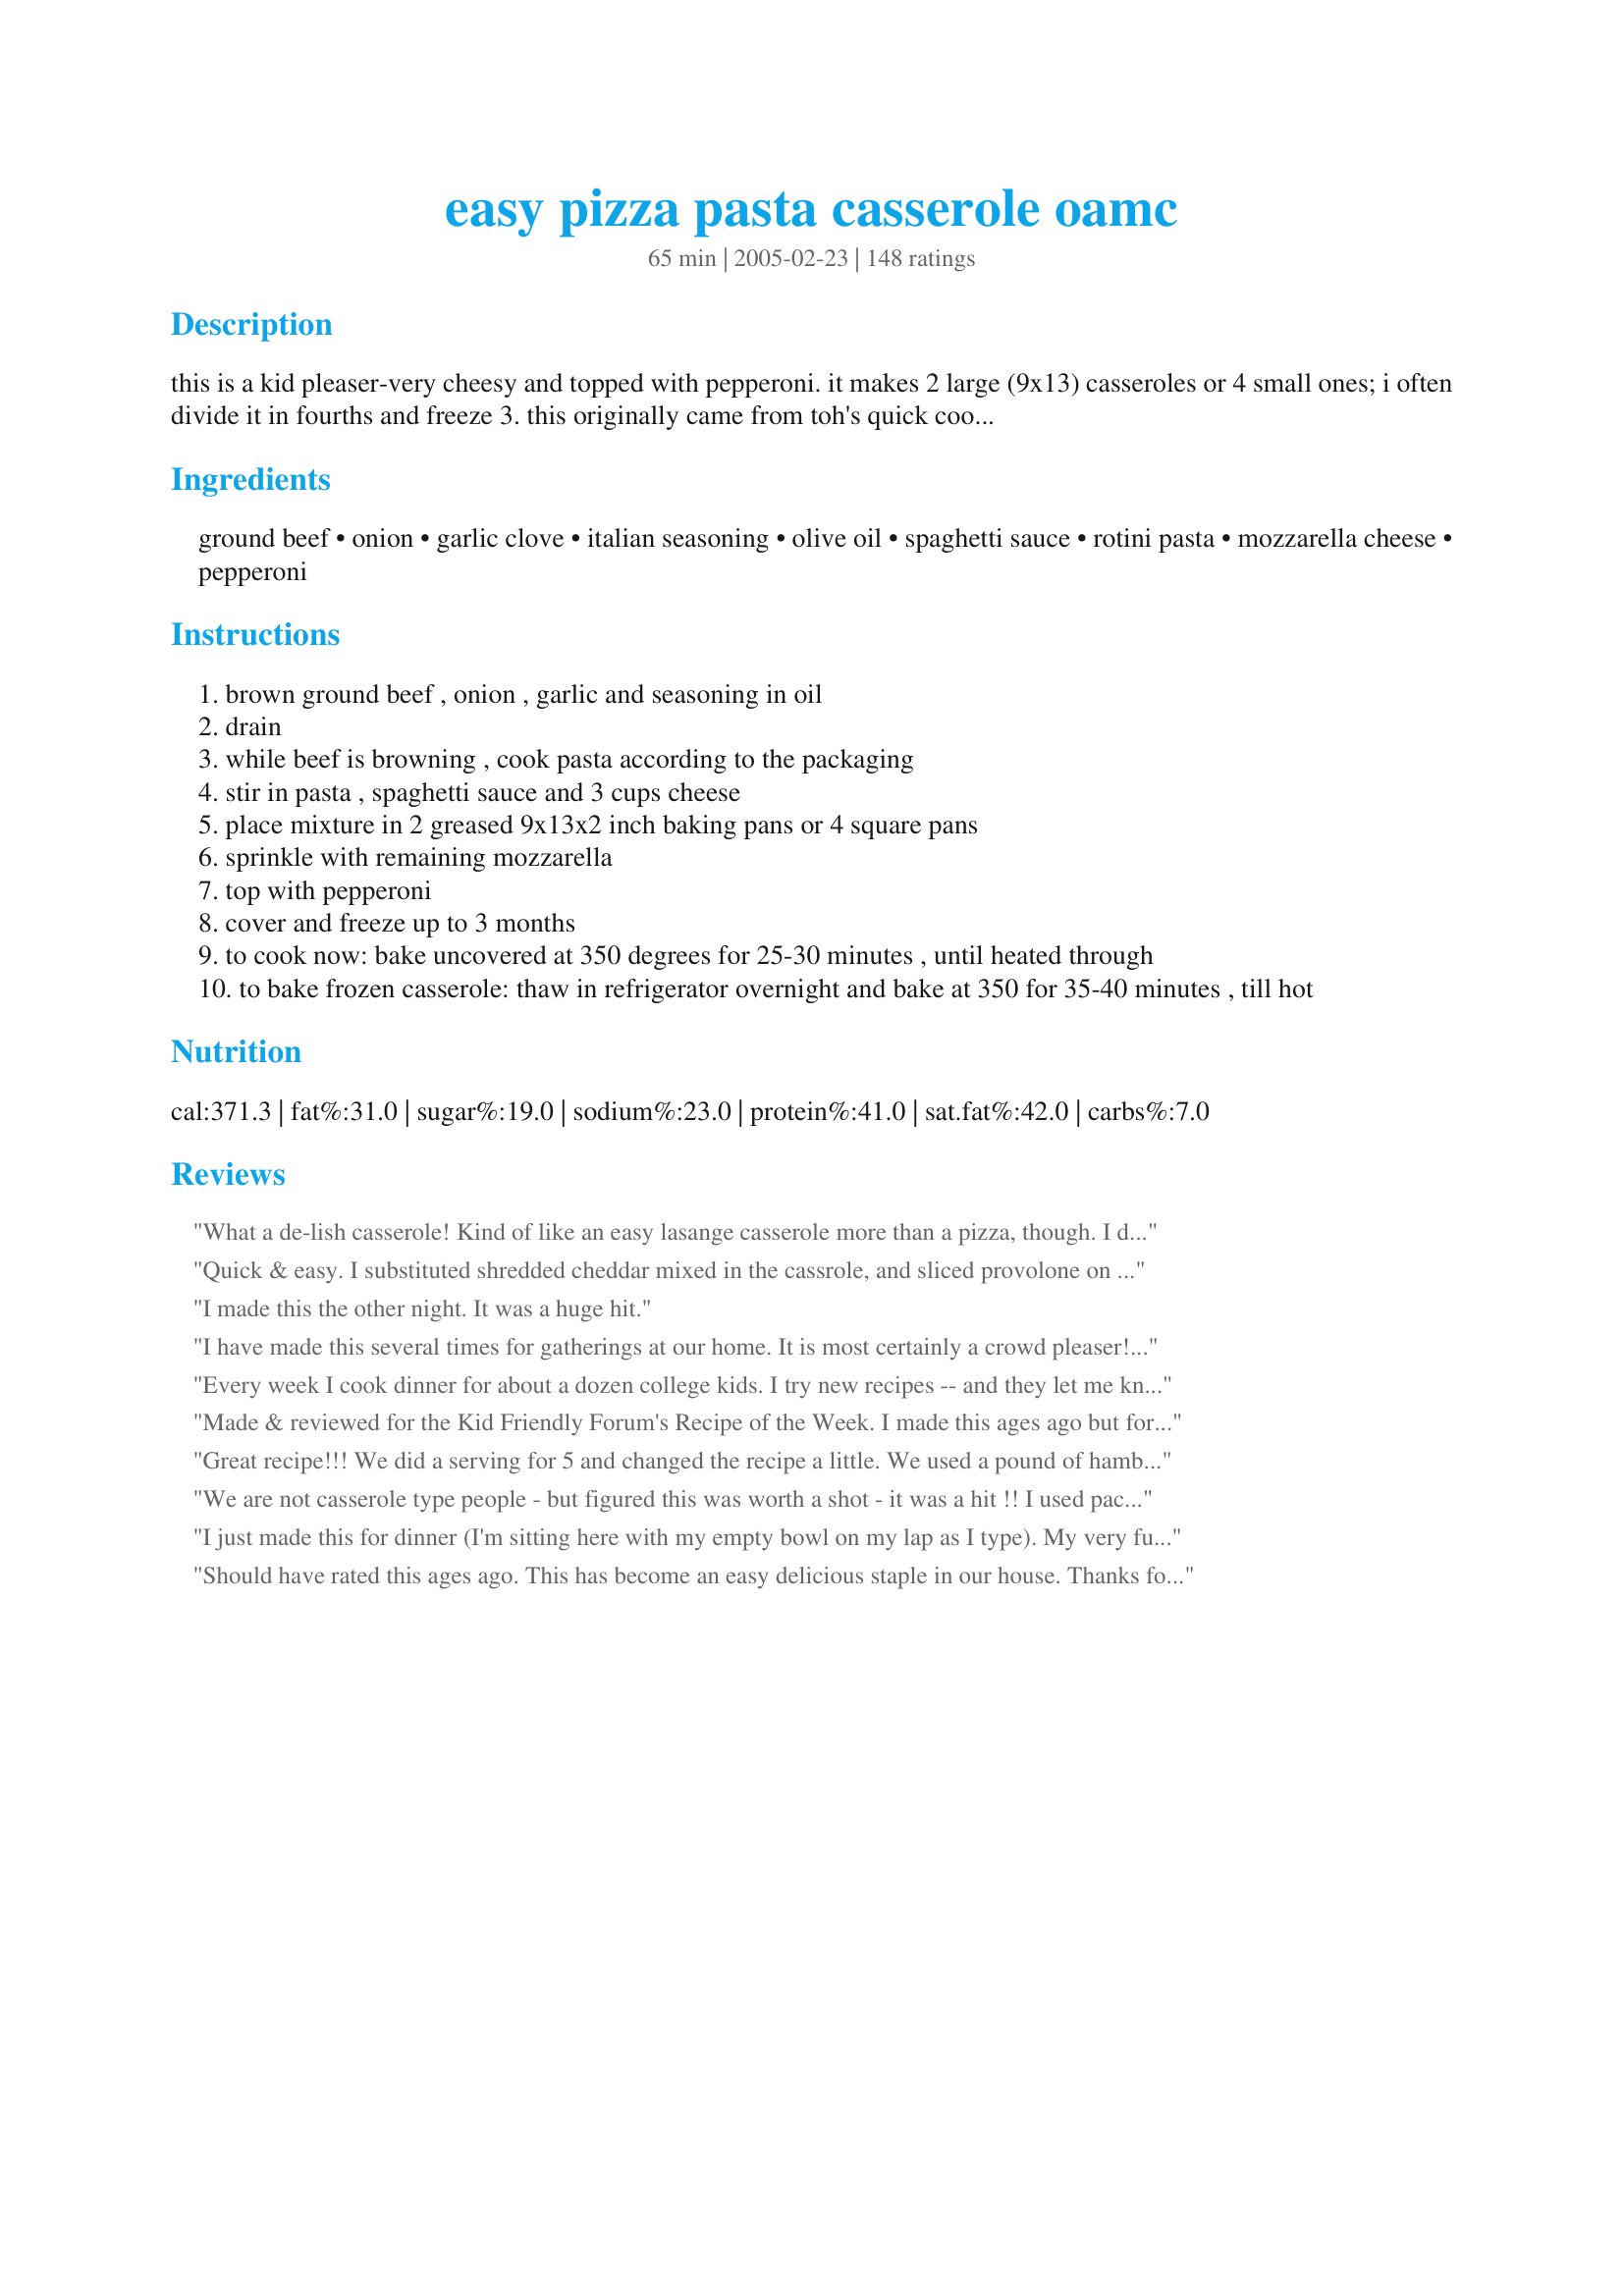
easy pizza pasta casserole oamc
Preparation time: 65 minutes

this is a kid pleaser-very cheesy and topped with pepperoni. it makes 2 large (9x13) casseroles or 4 small ones; i often divide it in fourths and freeze 3. this originally came from toh's quick cooking.

Ingredients:
ground beef, onion, garlic clove, italian seasoning, olive oil, spaghetti sauce, rotini pasta, mozzarella cheese, pepperoni

Steps:
brown ground beef , onion , garlic and seasoning in oil
drain
while beef is browning , cook pasta according to the packaging
stir in pasta , spaghetti sauce and 3 cups cheese
place mixture in 2 greased 9x13x2 inch baking pans or 4 square pans
sprinkle with remaining mozzarella
top with pepperoni
cover and freeze up to 3 months
to cook now: bake uncovered at 350 degrees for 25-30 minutes , until heated through
to bake frozen casserole: thaw in refrigerator overnight and bake at 350 for 35-40 minutes , till hot

Reviews:
What a de-lish casserole! Kind of like an easy lasange casserole more than a pizza, though. I didn't have rotini pasta and used large shells and it still worked out well. Easy to put together, yummy, cheesy and enough for two meals! My entire family enjoyed this!
Quick & easy. I substituted shredded cheddar mixed in the cassrole, and sliced provolone on top, after discovering that my mozzarella had gone bad. I only used one pound of ground beef, which was enough for our taste, and I added jalapenos to 1/3 of it. This was an easy meal that was enjoyed by two adults and a toddler. Thanks!
I made this the other night. It was a huge hit.
I have made this several times for gatherings at our home. It is most certainly a crowd pleaser! Very quick and easy to put together. I will often make pepperoni chips and serve with cheese and crackers as a complimentary appetizer. Thanks for sharing!
Every week I cook dinner for about a dozen college kids. I try new recipes -- and they let me know what they think. So far, THIS is their favorite! They've renamed it "Pizza Lasagne."

I have it on a regular rotation -- and make it in bulk! They are always so happy, and polish it off.

One change I have made is to substitute sausage in for ground beef. It's a little more spendy -- but I think it adds a lot.

--- 5 stars -- EASILY! ---
Made & reviewed for the Kid Friendly Forum's Recipe of the Week. I made this ages ago but forgot to submit my review - sorry! This was a HUGE hit with the kids & DH & I also enjoyed it a lot. I used ground beef & turkey based pepperoni, also added a bit extra garlic.......Thanks Kaarin for a great recipe :)
Great recipe!!! We did a serving for 5 and changed the recipe a little. We used a pound of hamburger, one garlic clove, no olive oil, 16 oz. of spaghetti sauce, 1 1/4 cup whole wheat elbow noodles, a pound of cheese, and left the rest the same. We also added sliced canadian bacon. We mixed the sliced pepp., can. bacon, and half the cheese in with the mix and put whole pepperoni and the rest of the cheese on the top. Next time we make it we are going to also add fresh mushrooms and black olives. Thanks again for the basic recipe, we just changed a few thing to suit our family.
We are not casserole type people - but figured this was worth a shot - it was a hit !! I used packaged "pizza chesse" instead and doubled the amount - it was awesome !! We will be using this casserole again !!
I just made this for dinner (I'm sitting here with my empty bowl on my lap as I type). My very fussy two-year old dove in, saying "Mmmm!" every second or third bite. My husband has so far eaten two big bowls of it. I added some canned sliced mushrooms and olives on top, under the cheese and pepperoni, and used turkey pepperoni cut into quarters. I also used more cheese than it calls for, as I have a huge bag of shredded mozzarella I'm trying to finish off. It was very good, very filling and tasty. I think I'd like it better with turkey Italian sausage than ground beef, but it was very good nonetheless. UPDATE: I've made this several times now, and it remains the hit that it was the first time around. I usually add a small can of sliced olives, drained, and a small can of mushrooms pieces and stems, drained, to the pasta mixture before I transfer it to a baking dish, and I still quarter the turkey pepperoni (since my son's only 3, and whole slices are a bit large for him). My husband loves the leftovers the next day, too. Thanks so much for a great recipe!
Should have rated this ages ago. This has become an easy delicious staple in our house. Thanks for posting.
So good..my kids liked this! I've made this with sea shell pasta which made it more fun for my toddlers. Thanks!
Fabulously quick, easy, delicious, eat-some-and-stack-heaps-away-in-the-freezer recipe, which I’m always on the lookout for to cook for my parents! I don’t need to make kid-pleaser recipes, but I do need difficult-to-please-octogenarian-male-pleaser recipes. I doubled the recipe, then proportionally increased the onions and garlic – 3 onions, 6 cloves of garlic – and I also added one huge chopped red pepper and some fresh chopped basil, because I had them from my guesstimates of ingredients needed for several recipes I was making. I omitted the pepperoni and used angel hair pasta, my current favourite pasta! Thanks Kaarin for a great recipe which I’ll certainly be making again, and it passed the grumpikins-octogenarian test! No complaints whatsoever on this occasion of herbs giving him indigestion!
I made this on a Thursday to take to a friend. I put it in 2 9X13 pans, taking one to them and keeping one for our own dinner. Something came up that night, so I just left it in the refrigerator and didn't end up cooking it until Saturday. It was delicious. They only thing that may have been wrong with it was that it was a bit on the dry side, but that was probably from sitting for a few days before being cooked. My picky son loved it, and my husband devoured it. I would say it was a winner in our house!
This was a huge hit with the family. I had to half the recipe and it still made more than enough for 3 hungry eaters. I added some mild italian sausage, green peppers and onions as additional toppings just like a pizza. I added some leftover pizza sauce to the sauce and my top cheese was provolone which melted wonderfully. We all agreed it was the toppings that made the dish taste like a pizza. Make sure to cook the pasta al dente. Will make this again soon and it will be my next carry in dish at work.
This is easy enough. I made the double batch and froze one so that We could have a hassle free dinner next month sometime. Thanks for sharing! Kids rated this one 3 stars, and so did I.
Excellent recipe! I made some alterations to make it vegan (split the recipe in half, used a full bag of Morningstar meal starter crumbles, and used one bag of mozzarella veggie shreds). My husband ate 4 servings in one sitting and asked when we could have it again. Thank goodness I froze 5 servings! This recipe is a keeper and I will be making it often. Thank you!
This is a great freezer recipe that even passed the husband test! Thanks!
My family loved this, and it's super simple to put together. Made a half recipe early in the day and was concerned that the pasta would absorb all of the sauce, so tossed the pasta with a little olive oil before putting together, then baked right before dinner. Used turkey pepperoni. Will definitely make a spare for the freezer next time. Thanks for sharing the recipe!
I make this as well, &quot;Cavatini&quot;. I also add Jimmy Dean&#039;s Sage Sausage when browning the hamburger with onion &amp; garlic powder. I make my initial pan pretty hardy so my 2nd pan is more or less an 8x8 and single layer. I find even though I use a jar sauce, I add extra italian seasonings to it and sometimes some wine...the longer it simmers the better the taste. It&#039;s a great meal for family get togethers and everyone&#039;s plate is always clean :)
Very good my boyfriend and I love it. Its easy to make and I love how it makes two pans so we have enough to take to work for a few days.
Oh yum, I made two square pans and one 9x13, froze two and we ate the other. I made it with Dreamfeild pasta to get it a tiny bit healhier. Raves around our house!
This is so easy and a great weeknight meal that everyone loved. I used ground turkey, because that is what I had on hand and no one noticed. I also layered mine. Layer of noodles, layer of sauce with meat, layer of cheese and then pepperoni.
This is an extremely easy dish to make. The pepperoni on top was crispy and delicious. My only issue with this dish, and it's a slight one at that, is that the pasta underneath could use a little more pizazz for my taste. Maybe quartering up the pepperoni slices and throwing them into the pasta mixture maybe? Something that would give it a zing! There was plenty left over and my husband was able to have left overs for both a lunch a work and a snack at home over the next two days.
I remember this one!
I have made it a few times... HUGE hit with my boys!
Great for serving a group of hungry guys! Next time I will add more of our favorite pizza toppings. I actually packed the two pans worth of food into one 9x13 pan just to make transport easier. It was pretty dense but worked well. Thanks for posting this one Kaarin!
A hit with everyone! Great simple & flavorful recipe. Thanks!
It's good. Simple as that. I had to modify it some as I cannot have pepperoni. I mixed ground beef and breakfast sausage for the 2 lbs of meat. We also mixed cheeses - I added parmesan and colby/jack mixed. Will be making this again since its actually simpler than "pizza". A nice quick homemade meal that everyone enjoyed.
My entire family enjoyed this meal; even my picky eater. I also loved the fact that it made a lot so was able to freeze some for future meals. Thanks for sharing.
Made this a few months back. I cut the recipe down to a fourth (5 servings.) It came out pretty well but next time I think I will use more sauce as there was an abundance of pasta.
This dish was definitely a toddler pleaser! I made a big batch and then gave some to a friend (with some other OAMC freezer meals) and even her hubby who is ultra-picky is asking that I make him more! To top it off, I added mushrooms and bell pepper to sneak some veggies in! Making more tonight!
Good for a potluck or if you need to take a meal to a friend. I added fennel seeds and swapped the ground beef for about 3/4 pound italian pizza sausage, and used turkey pepperoni. Followed the rest as written. Very good, thanks.
My sister made me this casserole after my surgery. Loved how I pulled it out of the freezer, let it thaw and in the oven it went. Everyone loved it. I think when I make it next time I might substitute some of the spaghetti sauce w/pizza sauce to get more of a pizza taste. I will definately be adding more pepperoni and everyone was taking those! I love that it is so versatile that you can add any toppings you want. Great recipe!
Nice and easy.
I added extra garlic.
Made this for a friend that had an operation and they loved it. I threw the extra pan it my freezer and it came out great. Thanks.
This is delicious. I didn't think it was going to come out to sharp, but my hubby loved it as well!!!! I added mushrooms, and I put the sauce and spices into the pan and fried it with it before mixing it with the noodles. I also halfed the recipe. Will make again, THANX!
Before every meet, my son&#039;s high school cross country team has a pasta dinner. This is BY FAR the most requested item there. Super easy to make, travels well, and kids love it. thanks for the recipe!
Very good. I have made this a couple of times and will make again. Thanks for the recipe.
Yummy! This reminds me of a pizza casserole that my mom used to make. It's really nice that this doesn't take very long to prepare and it makes an extra to stash in the freezer for later.
This recipe was awesome! My husband loved the concept immediately. I cut it in half and used Italian turkey sausage instead of ground beef. I also added half of a large bell pepper. It turned out great! I was worried it was not going to be enough sauce but it was not dry at all. I loved the flavors. It was such a different twist on a baked pasta. I think next time I'm going to try a Hawaiian Pizza Pasta....the husband suggested it! Thanks for the wonderful recipe :)
This is a great recipe...nothing spectacular, therefore the 4 stars..but like the intro suggested, great for kids!
Made one for dinner and wanted to freeze the other three. Never made it.Awesome recipe thanks.
Very very delicious. Loved by all. Thanks!
This was a big hit here and I love that there is another casserole waiting in the freezer. I used 1 lb ground beef, 1 lb Italian pork sausage, reduced the pepperoni to 7 oz (two of which I diced and mixed into the casserole), added about 5 oz sliced baby bella mushrooms which were sauteed with the onion, and reduced the mozzarella to 4 cups - spreading two cups on top of each casserole and not mixing any in.
We've eaten something very similar to this in my family since time began...it's good stuff! We always use the large elbow macaroni but, of course, any pasta will do. I'm glad to see the wonderfulness that is Pizza Casserole on here! :)
very good but tasted a lot like lasagna although the pepperonis were a nice touch
Very good. Definitely a kid pleaser, even my pasta loathing 5 year old liked it. I halved the recipe and baked in 2 8 inch square pans. We ate one and froze the other, for a busy day. Thanks!
My hubby says "This ROCKS!"
Yummy! Need I say more!
 I like that it makes lots...I really enjoy having a chance to freeze extra meals that are enjoyable for everyone in the house. I am a Mom with 2 growing hockey boys AKA Crazy schedules and Hungry young Men! 
 I made 2 tradition pepperoni(lean). 2 Deluxe with Green Peppers, Mushrooms, tomatoes, lean Pepperoni and diced ham.
Thanks for posting!!
Made this for dinner tonight and it was definitely a kid-pleaser for us. I made half the recipe to get one 9x13 pan. The major change I did when making this was to substitute one pound of pork sausage (drained really well to avoid greasiness) for the ground beef because we thought that would make it more pizza-like for our family (although not as healthy as far as sodium content, it did taste pretty good!). I also omitted the Italian seasoning since the sauce I used was pretty well seasoned already. I followed previous reviewers' suggestions and added some parmesan cheese. In the future I will probably add more mozzarella cheese both to the sauce and on top to make it cheesier and more to our family's taste. Cooking approximately 25 minutes was fine. It was an easy and quick dinner and I can definitely see how it would work well for OAMC. Thanks for posting!!!!
My family liked this one...I added extra sauce and a little less onion...will be making this again. Thanks for the recipe!
Took this to a potluck and more than half of it was gone! I made it just as said, but used onion flakes and garlic powder as that is all I had on hand. I also used mozz. shredded cheese plus shredded parmesan cheese. Very good. Thank you!!!
I was skeptical at first, but this recipe is awesome! Everyone loved it--and that's hard when it comes to my family of 6 picky eaters. Thanks for sharing!
I had made this a few months back and had a piece left over so I put it in the freezer. I was hungry at lunch today so I pulled it out and put it in the microwave. It was wonderful even after freezing it and reheating it. It was just as good as the day I made it. I am so impressed! THANKS AGAIN!
Very good! This was my first time trying OAMC, and this recipe froze, thawed and baked beautifully! The taste was delicious too. It really did taste like pizza! The only change I made was to add a little fresh Parmisan Cheese to the top layer of mozz. Thank you for this great OAMC recipe. I will use it again!
Awesome stuff! I cut it in half and made it healthier by using turkey sausage instead of ground beef, lowfat cheese and smart taste rotini! Dh loved it as did I! Thanks for sharing.
This is a Keeper!! My family loved it, even my very picky 6-year old. I made it for my cooking group and they all loved it, too. I didn't have any italian seasoning on hand so I made it without...didn't even miss it. I also used dried minced garlic. Thanks for a great recipe!!!
I thought I had reviewed this, but I guess not. Better late than never. I made half a recipe and it was gone in a flash. I recommended it to my daughter for a bunch of her friends. Everyone so far has loved it. I used the new mini pepperonis and they were perfect. It is an awesome recipe that comes together in no time. This is one of those "why didn't I think of that?" recipes. Thanks!
I have made this recipe a few times now....It is really good, kids loved it too! Who doesn't like PIZZA? lol..Didn't change a thing. Made some today and got 6 foil containers ( will feed 2 or 3). Like having dishes ready to throw in the oven..
My Kids loved this. I will make again!
My family adores this!! I do make this with homemade sauce and add a lot more seasonings! we love the addition of the peperoni!!
Yummm! Made this today and split into 4 casserole dishes. The only thing I altered was to use ground turkey in place of the beef and then grated 2 large carrots and chopped up 8oz of mushrooms to toss in. Came out delicious and even my super picky 2 year old ate it! (and little does he knows that he also got some veggies in too lol) Thanks for the great recipe! Will def make again!
This was a really nice dish. I used more garlic and italian seasoning and it turned out great. My kids loved that it had pepperoni and I loved how easy it was. I will definately double and freeze some next time I make this. Thanks for a great recipe!!
I liked it the first time, it was all right from the freezer, just had to spice it up a little.
I just thought that it was okay, nothing special. Kind of like a glorified hamburger helper. :-(
Made the full recipe in a large aluminum lasagna pan for a pot-luck, everyone loved it with very little left-over!! Used whole wheat pasta and mild Italian sausage instead of the hamburger as someone else had suggested. Also added mini-pepperonis to the noodles and mixed in and then used the turkey pepperonis over the top. Definitely a keeper and will make again for more gatherings!!
This was a very delicious and super easy recipe! My entire family loved it! I have five kids and it is sometimes hard to find something they all like. My sons went back for thirds, leaving no leftovers. I only made one batch and was very disappointed I didn't make two. It is that good. I did not use the oil to cook the beef and onion and garlic. I never do that and not sure why you would. We always have these ingredients on hand, so this is something I can go to for a last minute dish. Thanks so much!
This was really really good, I cut the recipe in half, got one 13x9 pan, (no room in the freezer) the only thing I did different was make my own sauce. Hubby loved it! Thanks :)
DH LOVED this, which is surprising! It was even great to put leftovers in his and my son's lunches. His only "complaint," is that it did not seem that healthy. I think next time I'm going to try wheat pasta, ground turkey, and his favorite pizza toppings (olives, mushrooms and tons of garlic). Great meal! I cut the recipe in half and just made enough for one dinner. When I get a bigger freezer I will be putting this on the list of OAMC. Thanks so much Kaarin!! Will be making again for sure!
NOM! This was really good. I used homemade sauce, and added mushrooms and peppers and was going to add ham, but I forgot. Thank you so much for posting this, it is definitely making it into my OAMC rotation!
It was ok, I think it might be the spaghetti sauce that throws it off tasted like a ziti dish with pepperoni and wrong noodles. Maybe if the sauce was a pizza sauce instead of a spaghetti sauce. It wasn&#039;t horrible, it just doesn&#039;t make it to our meal planner cookbook.
Tasted very good. I also add bell peppers. To make it more freezer friendly I put everything except for the pepperoni and mozzarella cheese in one frezzer bag and the cheese and pepporni in another. I then put both bags inside a large freezer bag. This way it fit in my freezer better.
Yummy waaaay better than hamburger helper but just as easy. Our 2 year old loved it, too, and he is going though a picky phase. It was nice that it made 2 pans - we had one for supper and I'm bringing one to a church potluck tomorrow. I went basically with the recipe (but I added a bit more pizza seasoning and 2 more garlic cloves) because I wanted to keep it basic for the potluck, but I look forward to trying it again for home. I'll triple the pizza seasoning, put in 5 or 6 cloves of garlic, add some spinach, and use sausage instead of hamburger (or half and half)...maybe some mushrooms and black olives. Just like pizza, there are endless options. Thank you for the recipe! I need some simple standards (my husband is the main cook around here).
Yummy! A nice variation on a lasagna style meal. It's a keeper! Thank you!!
This is a great recipe! for a healthier version I made is with canadian bacon (diced). It was so delicious and flavorful that is didn&#039;t miss pizza for a night. The helping size was big enough that 1 pan left enough for about 3 meals for 2 people. I am waiting to pull the second one out of the freezer.&lt;br/&gt;This recipe is great for families because there is something for everyone to please. Recommended to my sister for her 2 kids.
This was delicious. it had so much flavor my DH loved it.I didn't have all the Mozzarela cheese so I used some cheddar and it was awesome. Its a keeper, Thank You sooo much!!!
I made this over the weekend for my boyfriend (he's a kid at heart) and he/we loved it. I froze small containers of it, so all I would have to do is take one out and pop it in the microwave for lunch or dinner. This makes alot. My b-friend took part of a casserole home with him and I still have enough left for about 8 meals. I am going to make this again for my grandkids. Thanks for a great and easy recipe!
Fantastic. I added peperoni (personal love) and that was it. The thing disappeared faster than rain drops in Tucson...

Excellent and easy! Thanks for posting it.
I made this for Christmas. Wanted to have a dish for the kids around. The entire family and friends loved this dish. Will continue to make this one.
We LOVED this!! I also added diced green peppers to the ground beef and added additional pepperoni to the mixture as well before topping it and it was one of our all time favorites!!! Thank you very much...I will be passing the recipe around and will be making again and again!
Made this for the first time today. It&#039;s a nice, hardy, hot meal for a chilly fall evening. I used 1lb. ground beef, 1lb. sweet Italian sausage and I cut up pepperoni and put it in the mixture as well. For the sauce, I used a 24 oz. jar of Barilla Traditional and one 24 oz. jar of Barilla Roasted Garlic. I baked one pan for dinner, let the other cool and sealed well with foil to freeze for another time. Love that this recipe comes with baking instructions after thawing.
Made this today for the first time. My son was eating out of the pot before I put it in the pan and added the mozerrella and pepperoni. Thanks for the recipe.
We tried this last week and thought it was okay but nothing special. I ended up leaving off the pepperoni for the extra we froze and I'll make it more like a regular baked pasta.
This recipe was great! It was super easy and made enough to take for lunch, freeze, and to give to an elderly relative. My husband gave it a 3 b/c he thought it was missing something. I omitted the pepperoni so maybe that is it. Thanks for the great dinner idea!
This is a keeper! Great for when I don't have alot of time to fix a supper. Even hubby liked it and told me to keep the recipe! lol I followed the recipe exactly.
Thought this was very easy to make and was a big hit with my two picky little ones--a big plus when meal planning. Tastes just as it is named--like pizza and pasta, rolled into one. Followed directions exactly using ground beef--a no fail type recipe.
5 stars for such a big, easy meal with great flavor! I forgot to add the italian seasoning and it was still great. I made half for us and gave the other half to friends of ours with a big family. This would be a great potluck dish. Thanks!
I made this for supper when the in-laws were coming over and it was a hit! My 3 and 5 year old loved it, and the best thing about it is that I have 2 more pans of it in the freezer for another dinner! Perfect to have on hand for a day when there's just no time to make a home-made supper! Thanks for sharing!
The recipe was awesome, but I felt that the serving size was grossly overstated. I was only able to fill one 9x13 pan and it was gone in one sitting, only feeding four adults and a toddler. I would double or triple this recipe to have anything to put in the freezer.
Love this recipe. But I have changed a few things I do not use olive oil.I cut up some extra pepperoni into 4ths and add to hamburger, onion and sauce and cheese mixture. I also use 6 cups of cheese instead of 5 cups so i put the extra cup on top. My husband is pretty picky dont like alot of the extras but my son and I do so after i put the pepperoni on top, on half of the casserole I put green peppers, banana peppers, mushrooms and black olives. Oh so yummy. First time I made this recipe made just as stated and it was still very delicious.
Yum! I've got a 6 and 4 year old who are really picky eaters (DH is as well!), and EVERYONE loved this! I have made it twice already and each time it has disappeared before I could freeze any! DH said the leftovers are almost better the next day. I followed the recipe exactly and this is now one of our favorites. Thanks Kaarin! The rotini noodles really hold the sauce well. My kids love adding the pepperonis :).
This was easy and tasty - a great way to use up some ground beef and tomato sauce I had. I divided it into (4) 8x8 casseroles - two for a sick friend, one for us for dinner, and one in the freezer for future. Thanks for sharing!
This was a super easy dish. I recently started a meal exchange with a group of friends (so I had to make 6) and this was my first choice. It was so simple, I felt I was cheating! Thanks. Can't wait to hear the reviews from friends!
I was looking for an easy alternative to Pasta/Chicken Casserole and Pasta/Tuna Casserole ~ both of which are always sure-fire hits with the husband and the grandsons. <br/>I made it *mostly* as originally posted except I used ground venison in place of ground beef (we eat very little beef), used twice as much cheese (family preference) and made home made pizza sauce. <br/>It's a hit!<br/>Gotta feeling that leftovers will be even better - I served this within 30 min of coming out of the oven - and like most casseroles, letting the flavors 'marry' for 24 hrs may just make this a 5* recipe in our house!<br/>With a strapping husband and 7 GrandSons - this Granny approves! <br/>Thanks for sharing the recipe - <br/><br/>Follow-up: After 24-36 hrs in the fridge, this dish is even better. I expected as much. <br/>I highly suggest making this a day ahead!
I&#039;ve been making this casserole since I came across the recipe a few months ago. It&#039;s absolutely wonderful, and it freezes beautifully. I make my own Tomato Cream Pasta Sauce to use with it. You can make it as is or play with it to your hearts content. Thank you for a wonderful recipe.
WOW! I did a search for something easy and quick that serves a lot of people and found this. I split the recipe and did one 9x13 of exactly what the recipe said and the other 9x13 vegetarian-friendly. I used Boca crumbles instead of ground beef and then I topped with black olives (my favorite pizza topping). I served these at a Girls' Night and was sad we did not have a lot of leftovers. Thanks, Kaarin for an amazingly easy, yummy recipe that feeds a lot of hungry people! I will definitely make this again!
DELICIOUS! I cut the recipe in half because there is just two of us. There is still plenty left over, although not for long! Thanks for sharing, it was so simple to make and so yummy!
Thanks for a great recipe Kaarin! I made only half a recipe... one 9x13 pan...just enough for dinner. There were no leftovers as my teens gobbled it down!
The whole family loved this!! I used ground turkey in place of the beef and also used a little cheddar in the cheese mix. The pepperoni really makes this dish! I served this with garlic bread and a tossed salad. This makes alot and generously feeds a family of six!!!
*I use recipes as a springboard for my own creativity*&lt;br/&gt;This one ROCKED! I used Italian sausage in place of the ground beef, wheat rotini, pizza seasoning, added fresh shredded spinach (how else would I get my kids to eat it), and canned mushrooms. OhMyGoodness! Had to force my family from the table as opposed to them running off. Can&#039;t wait to eat the one in the freezer. Thanks for sharing!
This was a hit with my Hubby and Daughter!!
This recipe is quick, easy, and tastes awesome!! I like to make it with 2% mozzarella and turkey pepperoni to help lower calories and fat and it still tastes great!! All around awesome recipe, thanks!!
This was really good! Husband loved the meal thanks so much!
Everybody liked this one & in a family of 5 this doesn't happen often! I loved the fact that it was so easy & I have an extra one in the freezer for later. Definately adding this one to my rotation. Thanks...
Is this recipe a culinary innovation? No, but it is a five star recipe because it is easy, tastes good, versatile, and appeals to a wide variety of people. <br/>We loved it, my whole family ate it ( even the picky young ones), and I even have one to freeze. This is the kind of recipe that is wonderful to have on hand. I added green pepper and sauteed onion, and as I always doctor my canned sauce anyway, a tbsp of sugar and some pizza seasoning. Wonderful, warm, filling. Thanks!
So fast and easy. I started making this before checking my pantry so I had to use spaghetti because I was out of rotini. Came out really well. I used Morningstar Farms Crumbles in place of the ground beef. At the last minute, I through in a large jar of sliced mushrooms. Very tasty recipe. Will definitely make again, next time with rotini!
My family loves this recipe, I usually make the full recipie but put it into 4 - 11x7 pans and cook one and freeze the others and find that each pan feeds my family of 4 very well.
This is a very easy casserole to put together. It tastes alot like a ziti casserole with the added bonus of pepperoni....yummy. It does make a big batch but I froze one pan and plan on using in on those nights when the kids have sports and we are on the go. I used a chunky sauce with veggies.....delicious. Thank you for posting.
YUM! I used Barilla Plus rotini, turkey pepperoni, slightly less cheese and no add oil. This was great! I halved the recipe and only baked half of that thinking it would be at least enough for 3 meals, but it was so good my husband and I finished the whole thing (1/4 of the original recipe). I used a pizza grinder spice mix with some added oregano. Next time I'll make the full recipe so I'll have some left over!
It was a little under-seasoned for our taste, even though I used spicy pepper sauce. I think next time I'll use a pound of ground beef and a pound of Italian sausage.

A tip for those of us who don't always cook for an army: I didn't have room in my large pot to add the pasta, so I poured half of it in each baking pan, then poured the meat/sauce on top and stirred it up in the baking pans.
YUM! I've had this recipe in my "cookbook" for long time and can't believe I waited so long to make it! My husband wasn't too sure about it by the looks, but he sure devoured it! We both talked about alternatives in the future including more pepperoni (which he usually doesn't like that much but said it was so nice and crunchy), turkey instead of beef, adding veggies, so many possibilities! I ended up making 3 pans so I can freeze or give to friends - though, my husband asked that I keep it for us!! Thank you so much for the great recipe!!
I made this for dinner today and it was delicious. I used my homemade sauce and used fresh oregano and fresh basil, and I have enough left over for another meal Thanks for the recipe it is a keeper.
This was great and so easy. It definitely is a kid pleaser. I added a little green pepper for a little extra hidden veggies and they didn't even know. Will definitely make this one again. Thanks for a great easy recipe.
Simple, easy and plentiful. I made some for me and some for the neighbors. Used regular pepperoni on the top and mini pepperoni on the inside. But the top was much tastier than the inside, so next time I'll pass on the mini pepperoni.
This casserole was a real kid pleaser (adults as well)! I cut the recipe in half and it was the perfect amount for the five of us. The only change I made was to add in a four ounce can of sliced mushrooms. I'm planning to prepare this again using the entire amounts called for and freeze half of it for later. I served this with a salad and breadsticks for a very nice meal. Thanks bunches for sharing the recipe!
This is a fantstic casserole, a real kid pleaser.
I made it exactly as written and it was a big hit with the adults as well as the kids. I served it at my Canada Day Buffet and there was not a scrap left!
Thanks for a winner!
I make this for my family often. We add green peppers and mushrooms; I would encourage adding any kind of pizza topping that you enjoy. It's always a winner. Easy and delicious.
I have the same TOH cookbook that this recipe is in, but never made it. I did make this for OAMC, and was very pleased with the end result. Got the thumbs up from both DS and DH. Thanks for posting!
Easy, cheap, and makes A LOT of food! DH made enough for three dinners. I didn't partake because I am vegetarian, but judging by the amount of food consumed, I can say with confidence that this recipe is a winner!
It was ok. I was craving something different and got it. I think I was just too over whelmed by how much meat was in it. I would be tempted to make it again but with less beef and peperoni and add more veggies.
Made this for our Sunday night family get together. Everyone loved it from the 4 year old to the 85 year old. I told them I was embarrased to admit how easy it was to make--my grandson said "It tastes like it took you a long time"! 

I made it exactly like the recipe. Don't know how it could have been any better. It isn't as tomato-y as some Italian dishes, and I consider that to be a plus.
This is amazing! Love how easy it was to make and it made so much, we're set for months of delicious dinners with it portioned up and frozen!
This recipe is amazing. The taste is delicious, it's filling and because it freezes so well while retaining the quailty, it is my #1 OAMC meal. My extremely picky 2 year old and hubby devoured it. I used whole grain, veggie rotini to health it up a bit, and unlike other recipes you couldn't even tell. Made in fourths, it's so easy to stick in the oven after work when I don't feel like cooking. I serve with garlic breadsticks- yum yum. THANKS A MILLION!
The beauty of this recipe is that you can use the sauces and spices your family prefers! We all enjoyed it greatly.
yummy and easy
Wow! This was so good. Only problem I had was that when I halved the recipe, it didn't seem like enough cheese for some reason. Perhaps because we really like cheese. Next time, I will add some more. Only change I made besides that was to use 3 cloves of garlic, threw in some mushrooms,and I used my homemade sauce. Sooooo good and easy. Thanks for sharing!
This was easy to make and very good. Be sure to cook the noodles al dente or they will be mushy when reheated. Thank you for sharing!
This was quick and easy to make. I gave two to a family member, kept one, and froze one. We baked one dish tonight, and it was pretty good. I would probably add some chopped pepperoni to the mixture next time, as the "pizza" flavor wasn't too prominent. Although it definately isn't a fancy dish, it will be nice to have in the freezer for a quick meal, so I will probably make it again, adjusting the recipe to suit our tastes. Thanks for posting!
This came out super-delicious with a sub of mild Italian sausage for the ground beef, a good-quality sauce (when in doubt just dump in a bunch of pizza seasoning (basically common Italian seasoning components minus Rosemary)), and extra garlic/some parmesan. Broil for a minute or two to really brown the cheese topping and definitely add any random veggies/things you might normally want on a pizza! A whole bag of frozen spinach sauteed with the onion/garlic/sausage worked well for us. And yes, this is basically just a baked ziti but of course anything with the word &quot;pizza&quot; in it sounds better :).
Everyone liked it, even my husband who is not a pasta fan. Not fancy, but good eats.
I loved this! I can't believe that I didn't review it before. It was so easy to make. My son loved this. He is a picky eater so I made sure to add this to my tried and true recipes. Even the frozen one turned out wonderful. My first frozen casserole and I felt like a pro! Followed the recipe to a T and will be making this one again and again.
My family really didn&#039;t care for this dish and said that it isn&#039;t a repeat. I have an entire pan left over that I will pass on to another family. May be that I added some sausage and bell pepper??? Or maybe the Italian season I used??? Or maybe the brand of spaghetti sauce??? Who knows? Thank you for the recipe though!
Verry yummy! Will make again for 30 people. 
Thnkz again
This is now a family favorite!! They loved it the first time I made it, and I am making it again soon. My family eats alot of wild game, so I substituted ground venison meat for the ground beef. It was delicious!
I thought this was delicious. My kids ate it and said it was good but they weren't in love with it!
Finally a cassarole my kids will eat! Easy and everyone enjoyed. Thanks!
love this recipe. my boyfriend is crazy picky (hates veggies, lactose intolerant, super healthy) but I made this with turkey sausage, whole wheat noodles, and soy cheese and it worked out great! This turned out to be delicious and satisfying, while lending itself to modification to meet different dietary needs.
Everyone loved it! Love the OAMC, it makes crazy nights so easy!!
Very good kid pleaser, my picky son ate all of his and asked for seconds! I really substituted a lot, though, like ground turkey and turkey pepperoni, and a mix of cheddar and mozzarella. I cut a good amount of pepperoni up and mixed it into the casserole. Next time I plan on making half kid/half adult and adding black olives, banana peppers and mushrooms to the adults side.
Very good! Kids and adults liked it. I love meals that everyone enjoys. I hate being a short order cook.
I made this for dinner last night and it was so good!Thanks for posting it.It's a keeper!
This was alright but not my family's favorite. I used turkey pepperoni in an effort to be a little healthier but no one seemed to really like it except my 18 month old daughter. I have an extra pan of this in the freezer, probably won't eat it until there is absolutely nothing else left in the fridge. It was at pretty easy recipe jus
I made this for my Father-in-Law's Birthday Party and it was a hit. Rather than ground beef I used sweet Italian sausage. When I mixed everything together I threw in a six oz package of tiny pepperoni bites and used garlic and onion spaghetti sauce. Everyone was excited about the meal and raved about it for the rest of the party. We are looking forward to eating the part we froze to see how it turns out.
This is a great recipe. Entire family loved it. Had leftovers and everyone ate again (that never happens) and son even ate extra helpings for "snacks". They did ask me to put more pepperoni in with the mixture as well as on top next time. That's the only change I will make. Thanks for a great casserole recipe!
I made this tonight for dinner. It was good but I think that I will add so stuff next time. I really did like the pepperoni and it did smile like pizza when it was cooking. Next time I think I will use Jimmy Dean sausage, green peppers and mushrooms. I also halfed this reciepe. I will be making this one again.
Very good. Big hit with the kids!
This was pretty good, and it is very versatile. It's a great way to use up leftover half jars of spaghetti sauce in your fridge! I didn't have any thawed sausage, so I used a 6 oz. can of mushrooms and a 4 oz. can of sliced black olives in place of it. I didn't saute the onion pieces, I just cut them small, as they are not sauteed on a regular pizza. I used turkey pepperoni, cut some into 4ths to stir into the casserole, and left some for the top of the casserole. I used mini wagon wheel pasta, and just kind of eyeballed the sauce (I used tomato-basil Classico) and seasoning. The baking time and temperature were right on. I only made 1/4 of the recipe, since I was just making it for a dinner for my husband and me, but it would be a great thing to have and freeze. I would probably make it this way (with more veggies) again, since we usually order supreme-type pizzas. Thanks!
Loved this recipe. Made it for my sister who had surgery about 6 months ago and her family really liked it. She suggested to cut up extra pepperoni and mix in with the pasta mixture. I just made it again, and did that and it was great. I may add even more pepperoni in the mixture next time. One 9x13 fed my family fine...2 adults and 3 children. Freezes great!!! Thanks!
When my picky eater asks for seconds, I know it's good! This is a keeper!
Yummmmm! The kids and adults loved this stuff. I love that this recipe allows me to make two meals at once. We very much enjoyed the first meal last night, and now we have another one waiting in the freezer for later! I did at extra garlic plus some red pepper flakes to help spice it up. Turned out great! Thanks for sharing.
